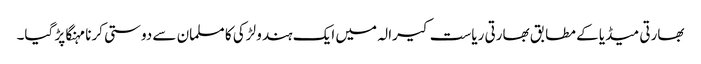
بھارتی میڈیا کے مطابق بھارتی ریاست کیرالہ میں ایک ہندو لڑکی کا مسلمان سے دوستی کرنا مہنگا پڑ گیا۔